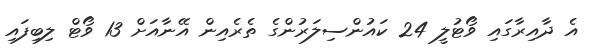
އެ ދާއިރާގައި ވޯޓުލީ 24 ކައުންސިލަރުންގެ ތެރެއިން އޭނާއަށް 13 ވޯޓް ލިބިފައި